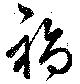
福